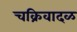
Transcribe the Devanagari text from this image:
चक्रिवादळ